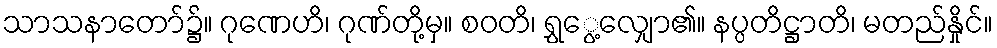
သာသနာတော်၌။ ဂုဏေဟိ၊ ဂုဏ်တို့မှ။ စဝတိ၊ ရွှွေ့လျှော၏။ နပ္ပတိဋ္ဌာတိ၊ မတည်နှိုင်။